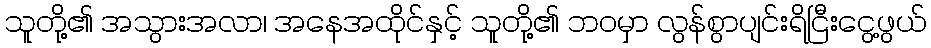
သူတို့၏ အသွားအလာ၊ အနေအထိုင်နှင့် သူတို့၏ ဘဝမှာ လွန်စွာပျင်းရိငြီးငွေ့ဖွယ်